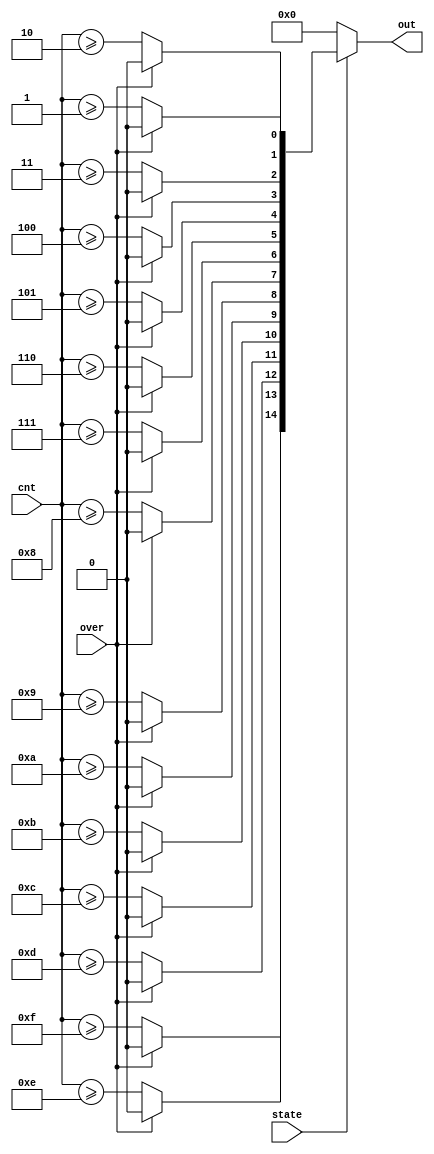
module CNTtoLEDR (out, cnt, over, state );
	output reg [15:1] out;
	input [3:0] cnt;
	input over, state;
	
	reg [4:0] i;
	
	always@(*)begin
	if ( state == 1 ) begin
		if ( over ) out <= 15'b0;
			else for (i = 1 ; i < 16 ; i = i + 1) out[i] = cnt >= i;	
		end else out <= 15'b0;
	end
endmodule